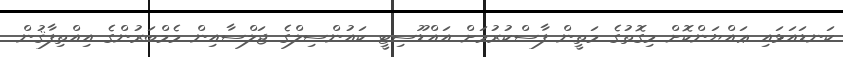
ކަނޑައަޅައި ޢައްޔަންކޮށް މިގޮތުގެ މަތީން ފާސްކުރުމަށް އައްޑޫސިޓީ ކައުންސިލްގެ ޖަލްސާއިން މެމްބަރުންގެ އިއްތިފާޤުން